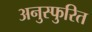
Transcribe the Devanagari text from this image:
अनुस्फुरित